Annual report of the Civil Veterinary Department, Bengal, for the year 1897-98 - 1897-1898
Year: 1897
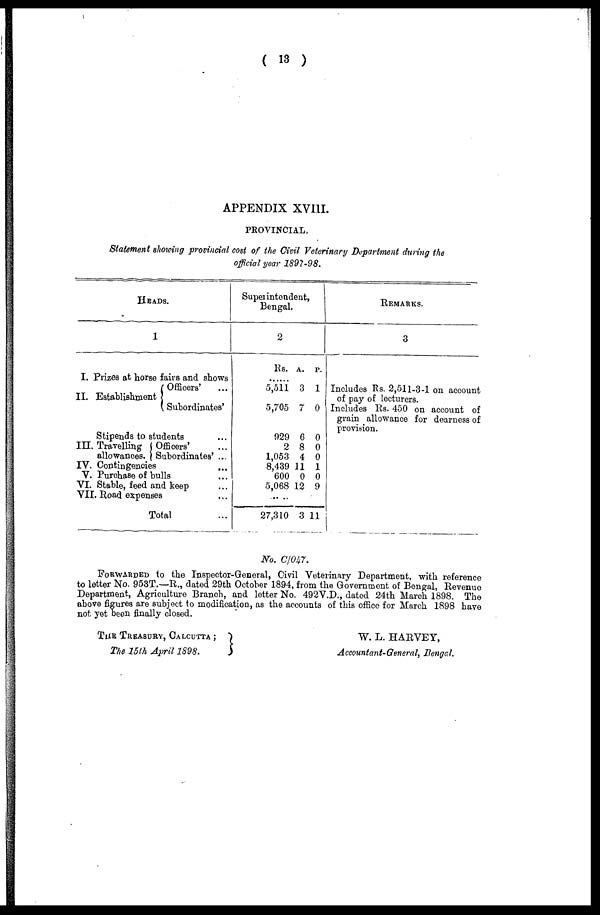
( 13 )
APPENDIX XVIII.
PROVINCIAL,
Statement showing provincial cost of the Civil Veterinary Department during the
official year 1897-98.
HEADS.
1
I. Prizes at horse fairs and shows
Officers' ...
II. Establishment J
Subordinates'
Stipends to students ...
III. Travelling
Officers' ...
allowances. Subordinates' ...
IV. Contingencies ...
V. Purchase of bulls ...
VI. Stable, feed and keep ...
VII. Road expenses ...
Total ...
Superintendent,
Bengal.
2
Rs. A. P.
......
5,511 3 1
5,705 7 0
929 6 0
2 8 0
1,053 4 0
8,439 11 1
600 0 0
5,068 12 9
27,310 3 11
REMARKS.
3
Includes Rs. 2,511-3-1 on account
of pay of lecturers.
Includes Rs. 450 on account of
grain allowance for dearness of
provision.
No. C/047.
FORWARDED to the Inspector-General, Civil Veterinary Department, with reference
to letter No. 953T.—R., dated 29th October 1894, from the Government of Bengal, Revenue
Department, Agriculture Branch, and letter No. 492V.D., dated 24th March 1898. The
above figures are subject to modification, as the accounts of this office for March 1898 have
not yet been finally closed.
THE TREASURY, CALCUTTA ;
The 15th April 1898.
W. L. HARVEY,
Accountant-General, Bengal.